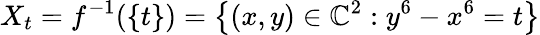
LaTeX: X_{t}=f^{-1}(\{ t\} )=\left\{ (x,y)\in\mathbb{C}^{2}:y^{6}-x^{6}=t\right\}